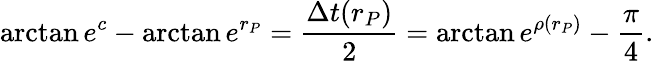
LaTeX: \arctan e^{c}-\arctan e^{r_{P}}=\frac{\Delta t(r_{P})}{2}=\arctan e^{\rho(r_{P})}-\frac{\pi}{4}.